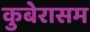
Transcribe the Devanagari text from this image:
कुबेरासम